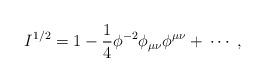
LaTeX: \begin{align*}I^{1/2} = 1 - \frac{1}{4}\phi^{-2}\phi_{\mu\nu}\phi^{\mu\nu} + \: \cdots\; , \end{align*}